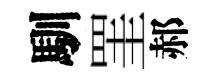
馴罣郝